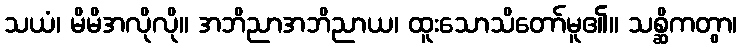
သယံ၊ မိမိအလိုလို။ အဘိညာအဘိညာယ၊ ထူးသောသိတော်မူ၏။ သစ္ဆိကတွာ၊